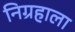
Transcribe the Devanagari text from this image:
निग्रहाला